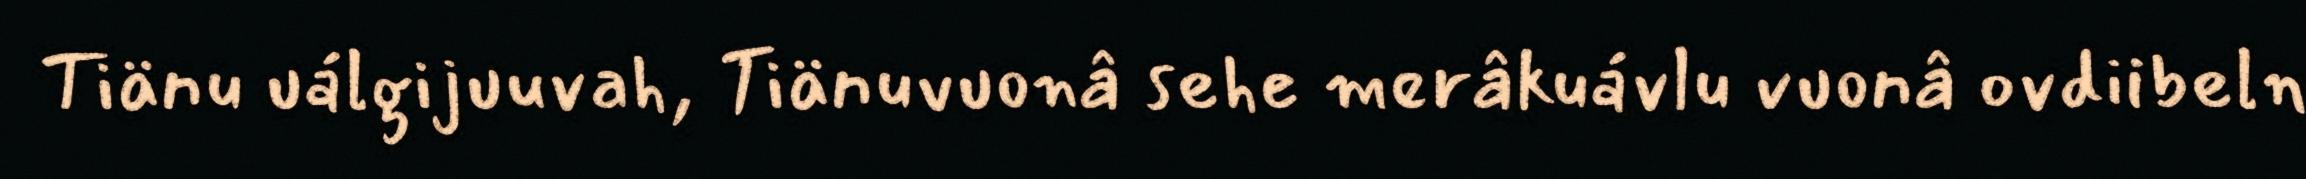
Tiänu uálgijuuvah, Tiänuvuonâ sehe merâkuávlu vuonâ ovdiibeln